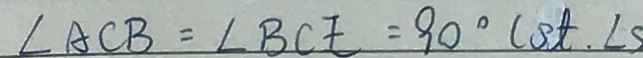
\angle A C B = \angle B C E = 9 0 ^ { \circ } ( s t . \angle s